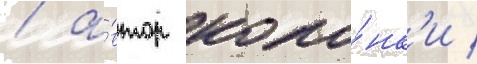
/ а́втор коло́нк'и /